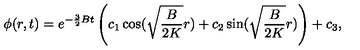
\phi ( r , t ) = e ^ { - \frac { 3 } { 2 } B t } \left( c _ { 1 } \cos ( \sqrt { \frac { B } { 2 K } } r ) + c _ { 2 } \sin ( \sqrt { \frac { B } { 2 K } } r ) \right) + c _ { 3 } ,